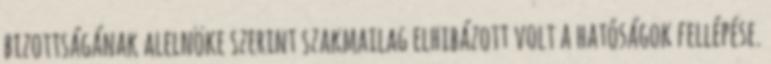
bizottságának alelnöke szerint szakmailag elhibázott volt a hatóságok fellépése.